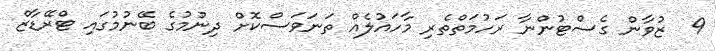
9  ޒުވާން ގެސްޓުންނާ ރަހުމަތްތެރި މާހައުލެއް ތަނަވަސްކޮށް ދިނުމުގެ ބޭނުމުގައި ޓްރޭޑާޒް